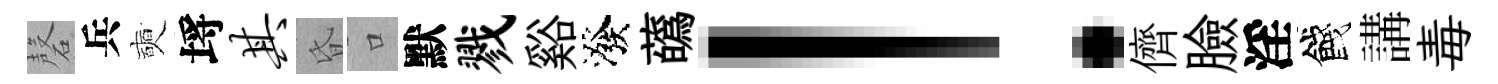
磬兵奭埓其昏口默戮谿潑蘤！儕臉淫餞講毒